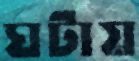
ঘটায়